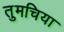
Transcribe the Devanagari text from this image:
तुमचिया